Annual report of the Civil Veterinary Department, Bengal, for the year 1896-97 - 1896-1897
Year: 1896
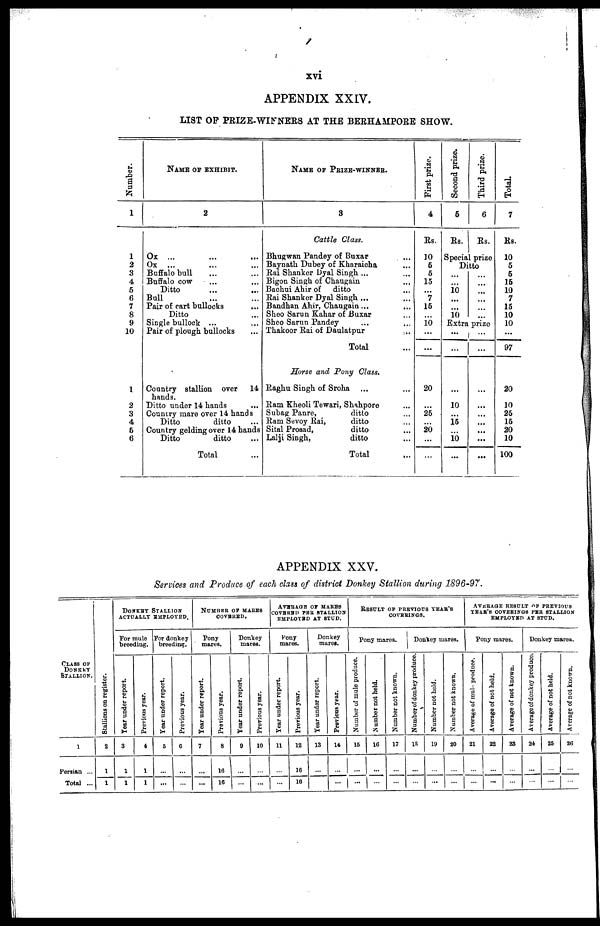
xvi
APPENDIX XXIV.
LIST OP PRIZE-WINNERS AT THE BERHAMPORE SHOW.
Number.
1
1
2
3
4
5
6
7
8
9
10
1
2
3
4
5
6
NAME OF EXHIBIT.
2
Ox ... ... ...
Ox ... ... ...
Buffalo bull ... ...
Buffalo cow ... ...
Ditto ... ...
Bull ... ...
Pair of cart bullocks
Ditto ...
Single bullock ... ...
Pair of plough bullocks ...
Country stallion over 14
hands.
Ditto under 14 hands ...
Country mare over 14 hands
Ditto
ditto ...
Country gelding over 14 hands
Ditto
ditto
Total ...
NAME OF PRIZE-WINNER.
3
Cattle Class.
Bhugwan Pandey of Buxar ...
Baynath Dubey of Kharaicha ...
Rai Shanker Dyal Singh ... ...
Bigon Singh of Chaugain ...
Bachui Ahir of ditto ...
Rai Shanker Dyal Singh ... ...
Bandhan Ahir, Chaugain ... ...
Sheo Sarun Kahar of Buxar ...
Sheo Sarun Pandey ... ...
Thakoor Rai of Daulatpur ...
Total ...
Horse and Pony Class.
Raghu Singh of Sroha ... ...
Ram Kheoli Tewari, Shahpore ...
Subag Panre,
ditto ...
Ram Sevoy Rai,
ditto ...
Sital Prosad,
ditto ...
Lalji Singh,
ditto ...
Total ...
First prize.
4
Rs.
10
5
5
15
...
7
15
...
10
...
...
20
...
25
...
20
...
...
Second prize.
5
Rs.
Third prize.
6
Rs.
Special prize
Ditto
...
...
10
...
...
10
Extra
...
...
...
10
...
15
...
10
...
...
...
...
...
...
prize
...
...
...
...
...
...
...
...
...
Total.
7
Rs.
10
5
5
15
10
7
15
10
10
...
97
20
10
25
15
20
10
100
APPENDIX XXV.
Services and Produce of each class of district Donkey Stallion during 1896-97.
Class of
Donkey
STALLION.
1
Persian ...
Total ...
Stallions on register.
2
1
1
Donkey Stallion
actually employed.
For mule
breeding.
Year under report.
3
1
1
Previous year.
4
1
1
For donkey
breeding.
Year under report
5
...
...
Previous year.
6
...
...
Number of mares
covered.
Pony
mares.
Year under report.
7
...
...
Previous year.
8
16
16
Donkey
mares.
Year under report
9
...
...
Previous year.
10
...
...
AVERAGE OP MARES
COVERED PER STALLION
EMPLOYED AT STUD.
Pony
mares.
Year under report
11
...
...
Previous year.
12
16
16
Donkey
mares.
Year under report
13
...
...
Previous year.
14
...
...
Result op previous year's
coverings.
Pony mares.
Number of mule produce.
15
...
...
Number not held.
16
...
...
Number not known.
17
...
...
Donkey mares.
Number of donkey produce.
18
...
...
Number not held.
19
...
...
Number not known.
20
...
...
Average result of previous
YEAR'S COVERINGS PER STALLION
EMPLOYED AT STUD.
Pony mares.
Average of mule produce.
21
...
...
Average of not held.
22
...
...
Average of not known
23
...
...
Donkey mares.
Average of donkey produce.
24
...
...
Average of not held.
25
...
...
Average of not known.
26
...
...